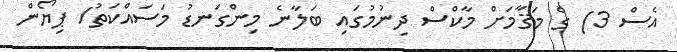
އެސް 3) ގެ މަޤާމަށް މާކްސް ދިނުމުގައި ބަލާނެ މިންގަނޑު މަސައްކަތު/ ޕިޔޯން